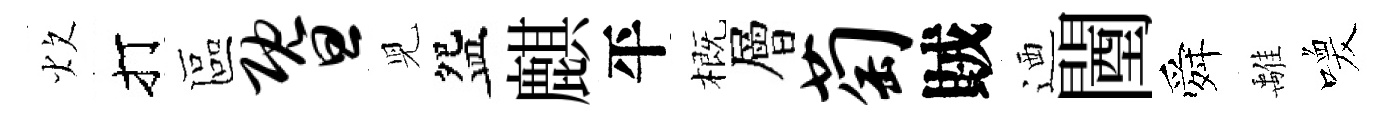
炊打區暨児盌麒平概層萄賊迺闉舜𩀌喚